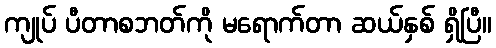
ကျုပ် ပီတာစဘတ်ကို မရောက်တာ ဆယ်နှစ် ရှိပြီ။